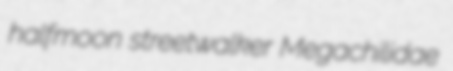
halfmoon streetwalker Megachilidae